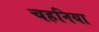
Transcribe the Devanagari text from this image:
चहनिया